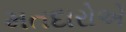
મતદારોએ